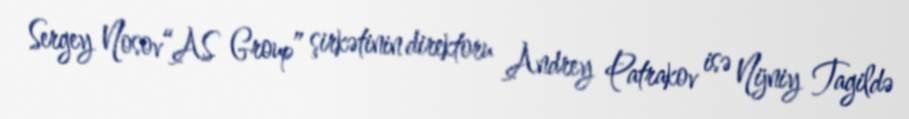
Sergey Nosov“AS Group” şirkətinin direktoru Andrey Patrakov isə Nijniy Tagildə